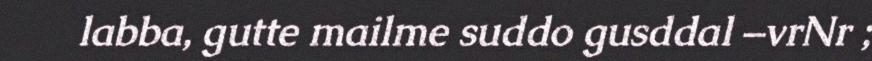
labba, gutte mailme suddo gusddal –vrNr ;